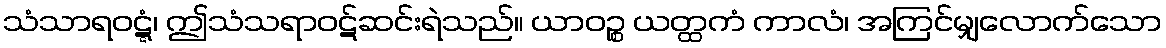
သံသာရဝဋ္ဋံ၊ ဤသံသရာဝဋ်ဆင်းရဲသည်။ ယာဝဉ္စ ယတ္ထကံ ကာလံ၊ အကြင်မျှလောက်သော